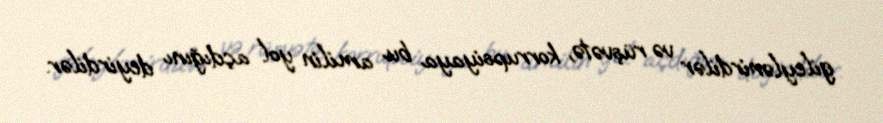
gileylənirdilər və rüşvətə, korrupsiyaya bu amilin yol açdığını deyirdilər.